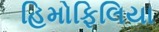
હિમોફિલિયા